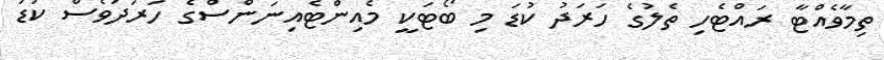
ތިމާވެއްޓާ ރައްޓެހި ތެލުގެ ހަރަދު ކުޑަ މި ބޯޓަކީ މެއިންޓެއިނަންސްގެ ހަރަދުވެސް ކުޑަ